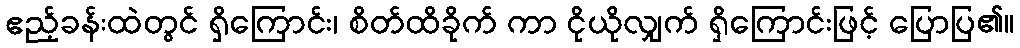
ဧည့်ခန်းထဲတွင် ရှိကြောင်း၊ စိတ်ထိခိုက် ကာ ငိုယိုလျှက် ရှိကြောင်းဖြင့် ပြောပြ၏။